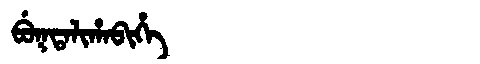
Manchu: ᠪᡠᡴᡨᠠᠯᡳᡥᠠᠪᡳᡥᡝ
Romanization: BUKTALIHABIHE